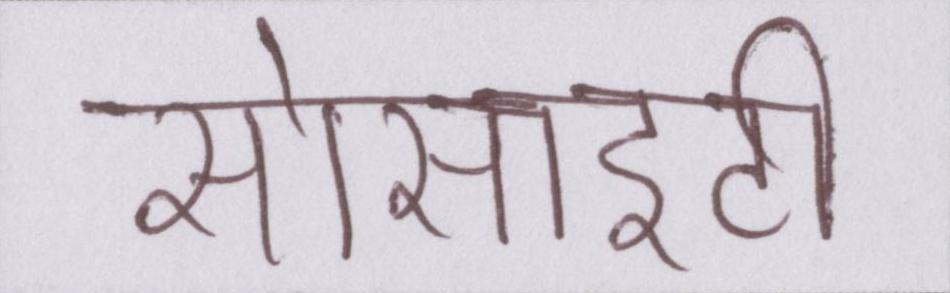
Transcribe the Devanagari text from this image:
सोसाइटी